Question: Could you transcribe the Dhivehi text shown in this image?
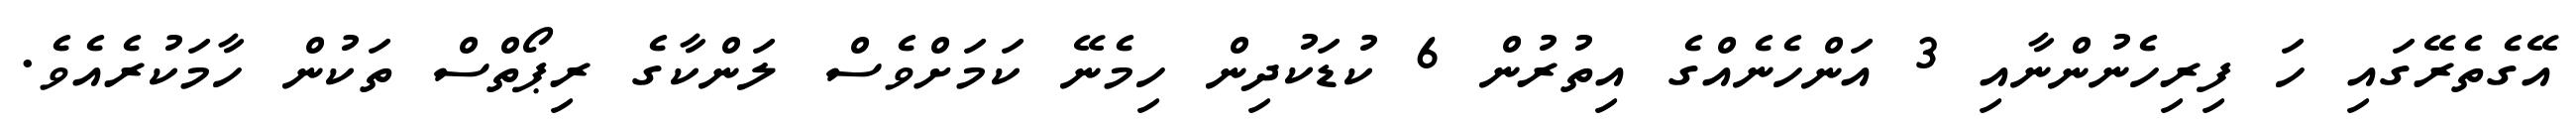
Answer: އޭގެތެރޭގައި ހަ ފިރިހެނުންނާއި 3 އަންހެނެއްގެ އިތުރުން 6 ކުޑަކުދިން ހިމެނޭ ކަމަށްވެސް ލަންކާގެ ރިޕޯތްސް ތަކުން ހާމަކުރެއެވެ.